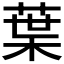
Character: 葉